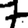
Digit: 7